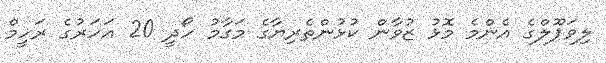
ލިވަޕޫލްގެ އެންމެ މޮޅު ޒުވާން ކުޅުންތެރިޔާގެ މަގާމު ހޯދީ 20 އަހަރުގެ ރަހީމް